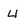
Character: 4